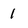
Character: 1